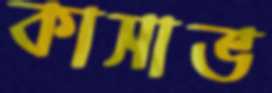
কাসাভ